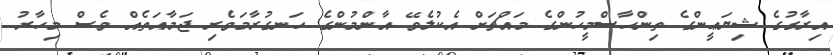
އިރާގުގެ ޝިޔަޢީންގެ ތިންހާސްމީހުންގެ މައްޗަށް އެކުލެވޭ އާންމުންގެ ހަނގުރާމަވެރި ޖަމާއަތެއް ވެސް މިހާރު